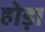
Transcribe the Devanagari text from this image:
होड़ा